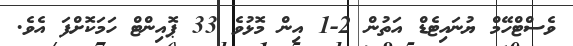
ވެސްޓްހޭމް ޔުނައިޓެޑް އަތުން 2-1 އިން މޮޅުވެ 33 ޕޮއިންޓް ހަމަކޮށްފަ އެވެ.